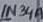
Text: 1N34A